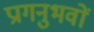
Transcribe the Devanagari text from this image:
प्रागनुभवों